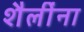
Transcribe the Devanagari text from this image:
शैलींना